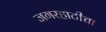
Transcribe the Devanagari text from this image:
जगरहाटीचा